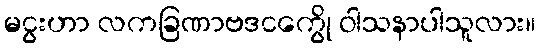
မငွးဟာ လကခြဏာဗဒငကွေို ဝါသနာပါသူလား။